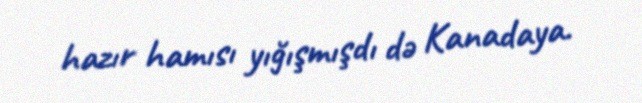
hazır hamısı yığışmışdı də Kanadaya.